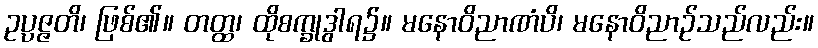
ဥပ္ပဇ္ဇတိ၊ ဖြစ်၏။ တတ္ထ၊ ထိုစက္ခုဒွါရ၌။ မနောဝိညာဏံပိ၊ မနောဝိညာဉ်သည်လည်း။